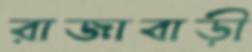
রাজাবাড়ী